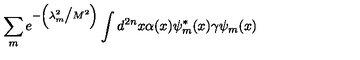
\sum _ { m } e ^ { - \left( \lambda _ { m } ^ { 2 } \big / M ^ { 2 } \right) } \int d ^ { 2 n } x \alpha ( x ) \psi _ { m } ^ { * } ( x ) \gamma \psi _ { m } ( x )